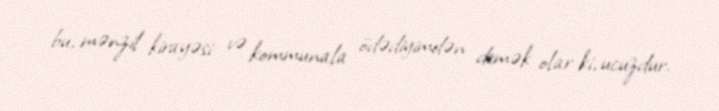
bu, mənzil kirayəsi və kommunala ödədiyimdən demək olar ki, ucuzdur.